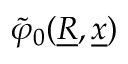
\tilde { \varphi } _ { 0 } ( \underline { { R } } , \underline { { x } } )